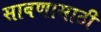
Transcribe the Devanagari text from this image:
साबणासाठी